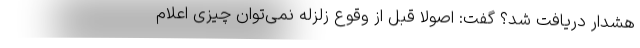
هشدار دریافت شد؟ گفت: اصولا قبل از وقوع زلزله نمی‌توان چیزی اعلام